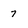
Character: 7